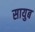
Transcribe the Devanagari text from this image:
सायुब